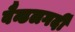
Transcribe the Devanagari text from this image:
वैन्डलगर्दी